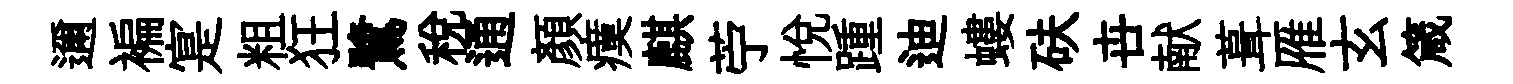
邇褊寔粗狂鷺税通顔瘼麒苧悦踵迪螻砆卋献葺雁玄箴